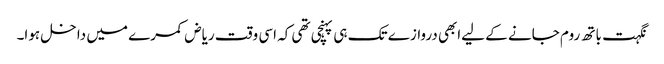
نگہت باتھ روم جانے کے لیےابھی دروازے تک ہی پہنچی تھی کہ اسی وقت ریاض کمرے میں داخل ہوا۔